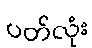
ပတ်လုံး